Standards of the constituents of the urine and blood and the bearing of the metabolism of Bengalis on the problems of nutrition - Number 34
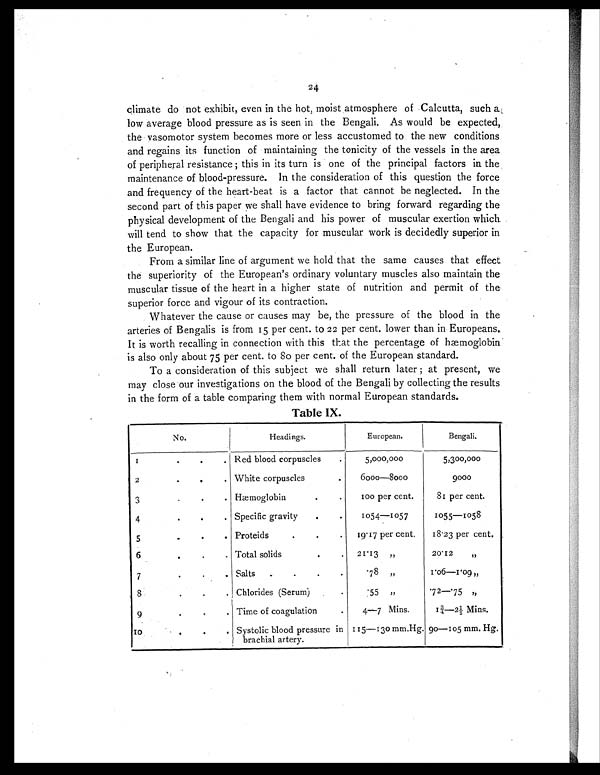
24
climate do not exhibit, even in the hot, moist atmosphere of Calcutta, such a
low average blood pressure as is seen in the Bengali. As would be expected,
the vasomotor system becomes more or less accustomed to the new conditions
and regains its function of maintaining the tonicity of the vessels in the area
of peripheral resistance ; this in its turn is one of the principal factors in the
maintenance of blood-pressure. In the consideration of this question the force
and frequency of the heart-beat is a factor that cannot be neglected. In the
second part of this paper we shall have evidence to bring forward regarding the
physical development of the Bengali and his power of muscular exertion which
will tend to show that the capacity for muscular work is decidedly superior in
the European.
From a similar line of argument we hold that the same causes that effect
the superiority of the European's ordinary voluntary muscles also maintain the
muscular tissue of the heart in a higher state of nutrition and permit of the
superior force and vigour of its contraction.
Whatever the cause or causes may be, the pressure of the blood in the
arteries of Bengalis is from 15 per cent. to 22 per cent. lower than in Europeans.
It is worth recalling in connection with this that the percentage of hæmoglobin
is also only about 75 per cent. to 80 per cent. of the European standard.
To a consideration of this subject we shall return later ; at present, we
may close our investigations on the blood of the Bengali by collecting the results
in the form of a table comparing them with normal European standards.
Table IX.
No.
Headings.
European.
Bengali.
1
.
. . Red blood corpuscles
.
5,000,000
5,300,000
2
.
.
. White corpuscle
. 6000—8000
9000
3
. .
. Hæmoglobin
.
.
100 per cent.
81 per cent.
4
.
.
. Specific gravity
.
.
1054—1057
1055—1058
5
.
.
. Proteids
. .
. 19.17 per cent.
18.23 per cent.
6
.
.
. Total solids
.
. 21.13 „
20.12
„
7
.
.
. Salts .
.
.
.
. 7 8 „
1.06—1.09 „
8
.
.
. Chlorides (Serum)
.
. 5 5 „
.72—.75
„
9
.
.
. Time of coagulation
.
4—7 Mins.
1¾-2½ Mins.
1 0
.
.
. Systolic blood pressure in
brachial artery.
115—130 mm. Hg. 90—105 mm, Hg.